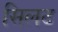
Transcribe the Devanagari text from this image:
सिलट